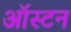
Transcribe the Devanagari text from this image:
ऑस्टन